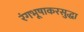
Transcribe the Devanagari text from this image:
रंगभूषाकरसुद्धा